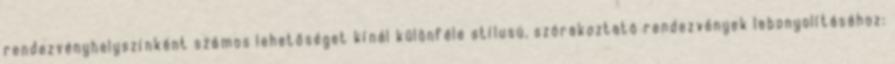
rendezvényhelyszínként számos lehetőséget kínál különféle stílusú, szórakoztató rendezvények lebonyolításához: